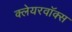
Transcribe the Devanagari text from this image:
क्लेयरवॉक्स